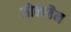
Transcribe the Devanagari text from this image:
ब्जोर्कमैन